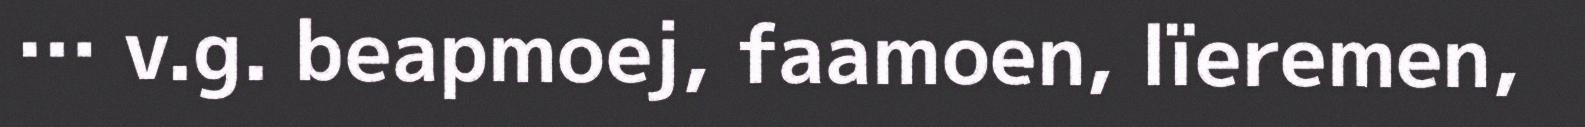
… v.g. beapmoej, faamoen, lïeremen,